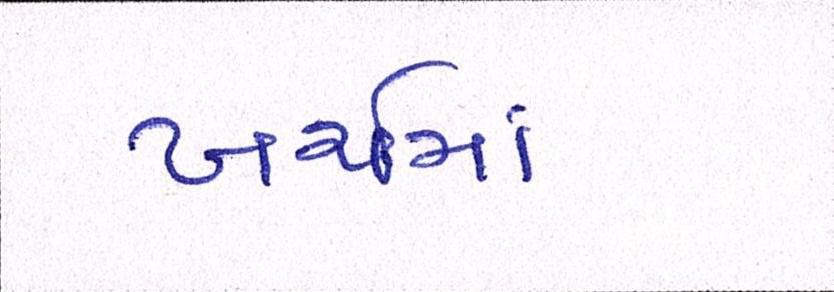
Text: ખર્ચમાં